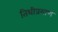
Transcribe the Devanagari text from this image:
तिथीप्रमाण